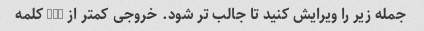
جمله زیر را ویرایش کنید تا جالب تر شود. خروجی کمتر از 100 کلمه